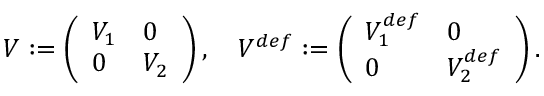
\begin{array} { r } { V : = \left( \begin{array} { l l } { V _ { 1 } } & { 0 } \\ { 0 } & { V _ { 2 } } \end{array} \right) , \quad V ^ { d e f } : = \left( \begin{array} { l l } { V _ { 1 } ^ { d e f } } & { 0 } \\ { 0 } & { V _ { 2 } ^ { d e f } } \end{array} \right) . } \end{array}